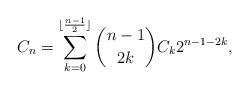
LaTeX: \begin{align*}C_{n}=\sum_{k=0}^{\lfloor\frac{n-1}{2}\rfloor}\binom{n-1}{2k}C_k2^{n-1-2k},\end{align*}